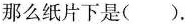
那么纸片下是()。